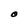
Character: O